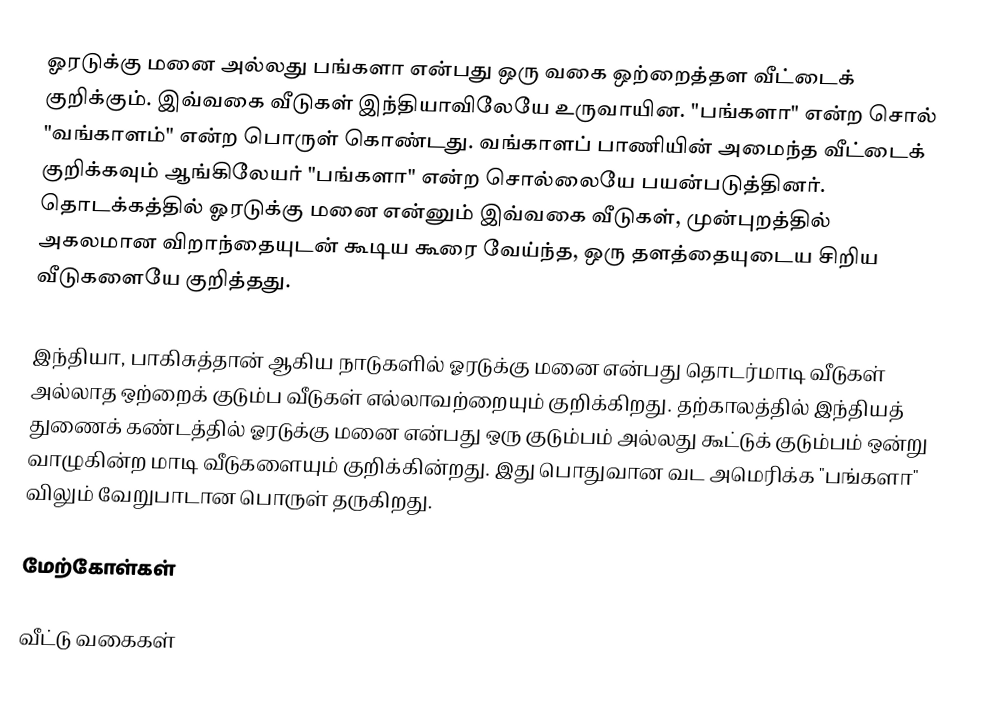
ஓரடுக்கு மனை அல்லது பங்களா என்பது ஒரு வகை ஒற்றைத்தள வீட்டைக் குறிக்கும். இவ்வகை வீடுகள் இந்தியாவிலேயே உருவாயின. "பங்களா" என்ற சொல் "வங்காளம்" என்ற பொருள் கொண்டது. வங்காளப் பாணியின் அமைந்த வீட்டைக் குறிக்கவும் ஆங்கிலேயர் "பங்களா" என்ற சொல்லையே பயன்படுத்தினர். தொடக்கத்தில் ஓரடுக்கு மனை என்னும் இவ்வகை வீடுகள், முன்புறத்தில் அகலமான விறாந்தையுடன் கூடிய கூரை வேய்ந்த, ஒரு தளத்தையுடைய சிறிய வீடுகளையே குறித்தது.

இந்தியா, பாகிசுத்தான் ஆகிய நாடுகளில் ஓரடுக்கு மனை என்பது தொடர்மாடி வீடுகள் அல்லாத ஒற்றைக் குடும்ப வீடுகள் எல்லாவற்றையும் குறிக்கிறது. தற்காலத்தில் இந்தியத் துணைக் கண்டத்தில் ஓரடுக்கு மனை என்பது ஒரு குடும்பம் அல்லது கூட்டுக் குடும்பம் ஒன்று வாழுகின்ற மாடி வீடுகளையும் குறிக்கின்றது. இது பொதுவான வட அமெரிக்க "பங்களா" விலும் வேறுபாடான பொருள் தருகிறது.

மேற்கோள்கள்

வீட்டு வகைகள்